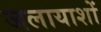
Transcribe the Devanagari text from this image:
जलायाशों